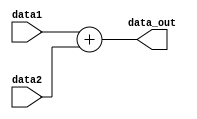
module Adder (data1, data2, data_out) ;
    output [31:0]data_out;
    input [31:0]data1, data2;
    
    assign data_out = data1 + data2;
    
endmodule